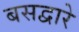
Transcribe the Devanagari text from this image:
बसद्वारे